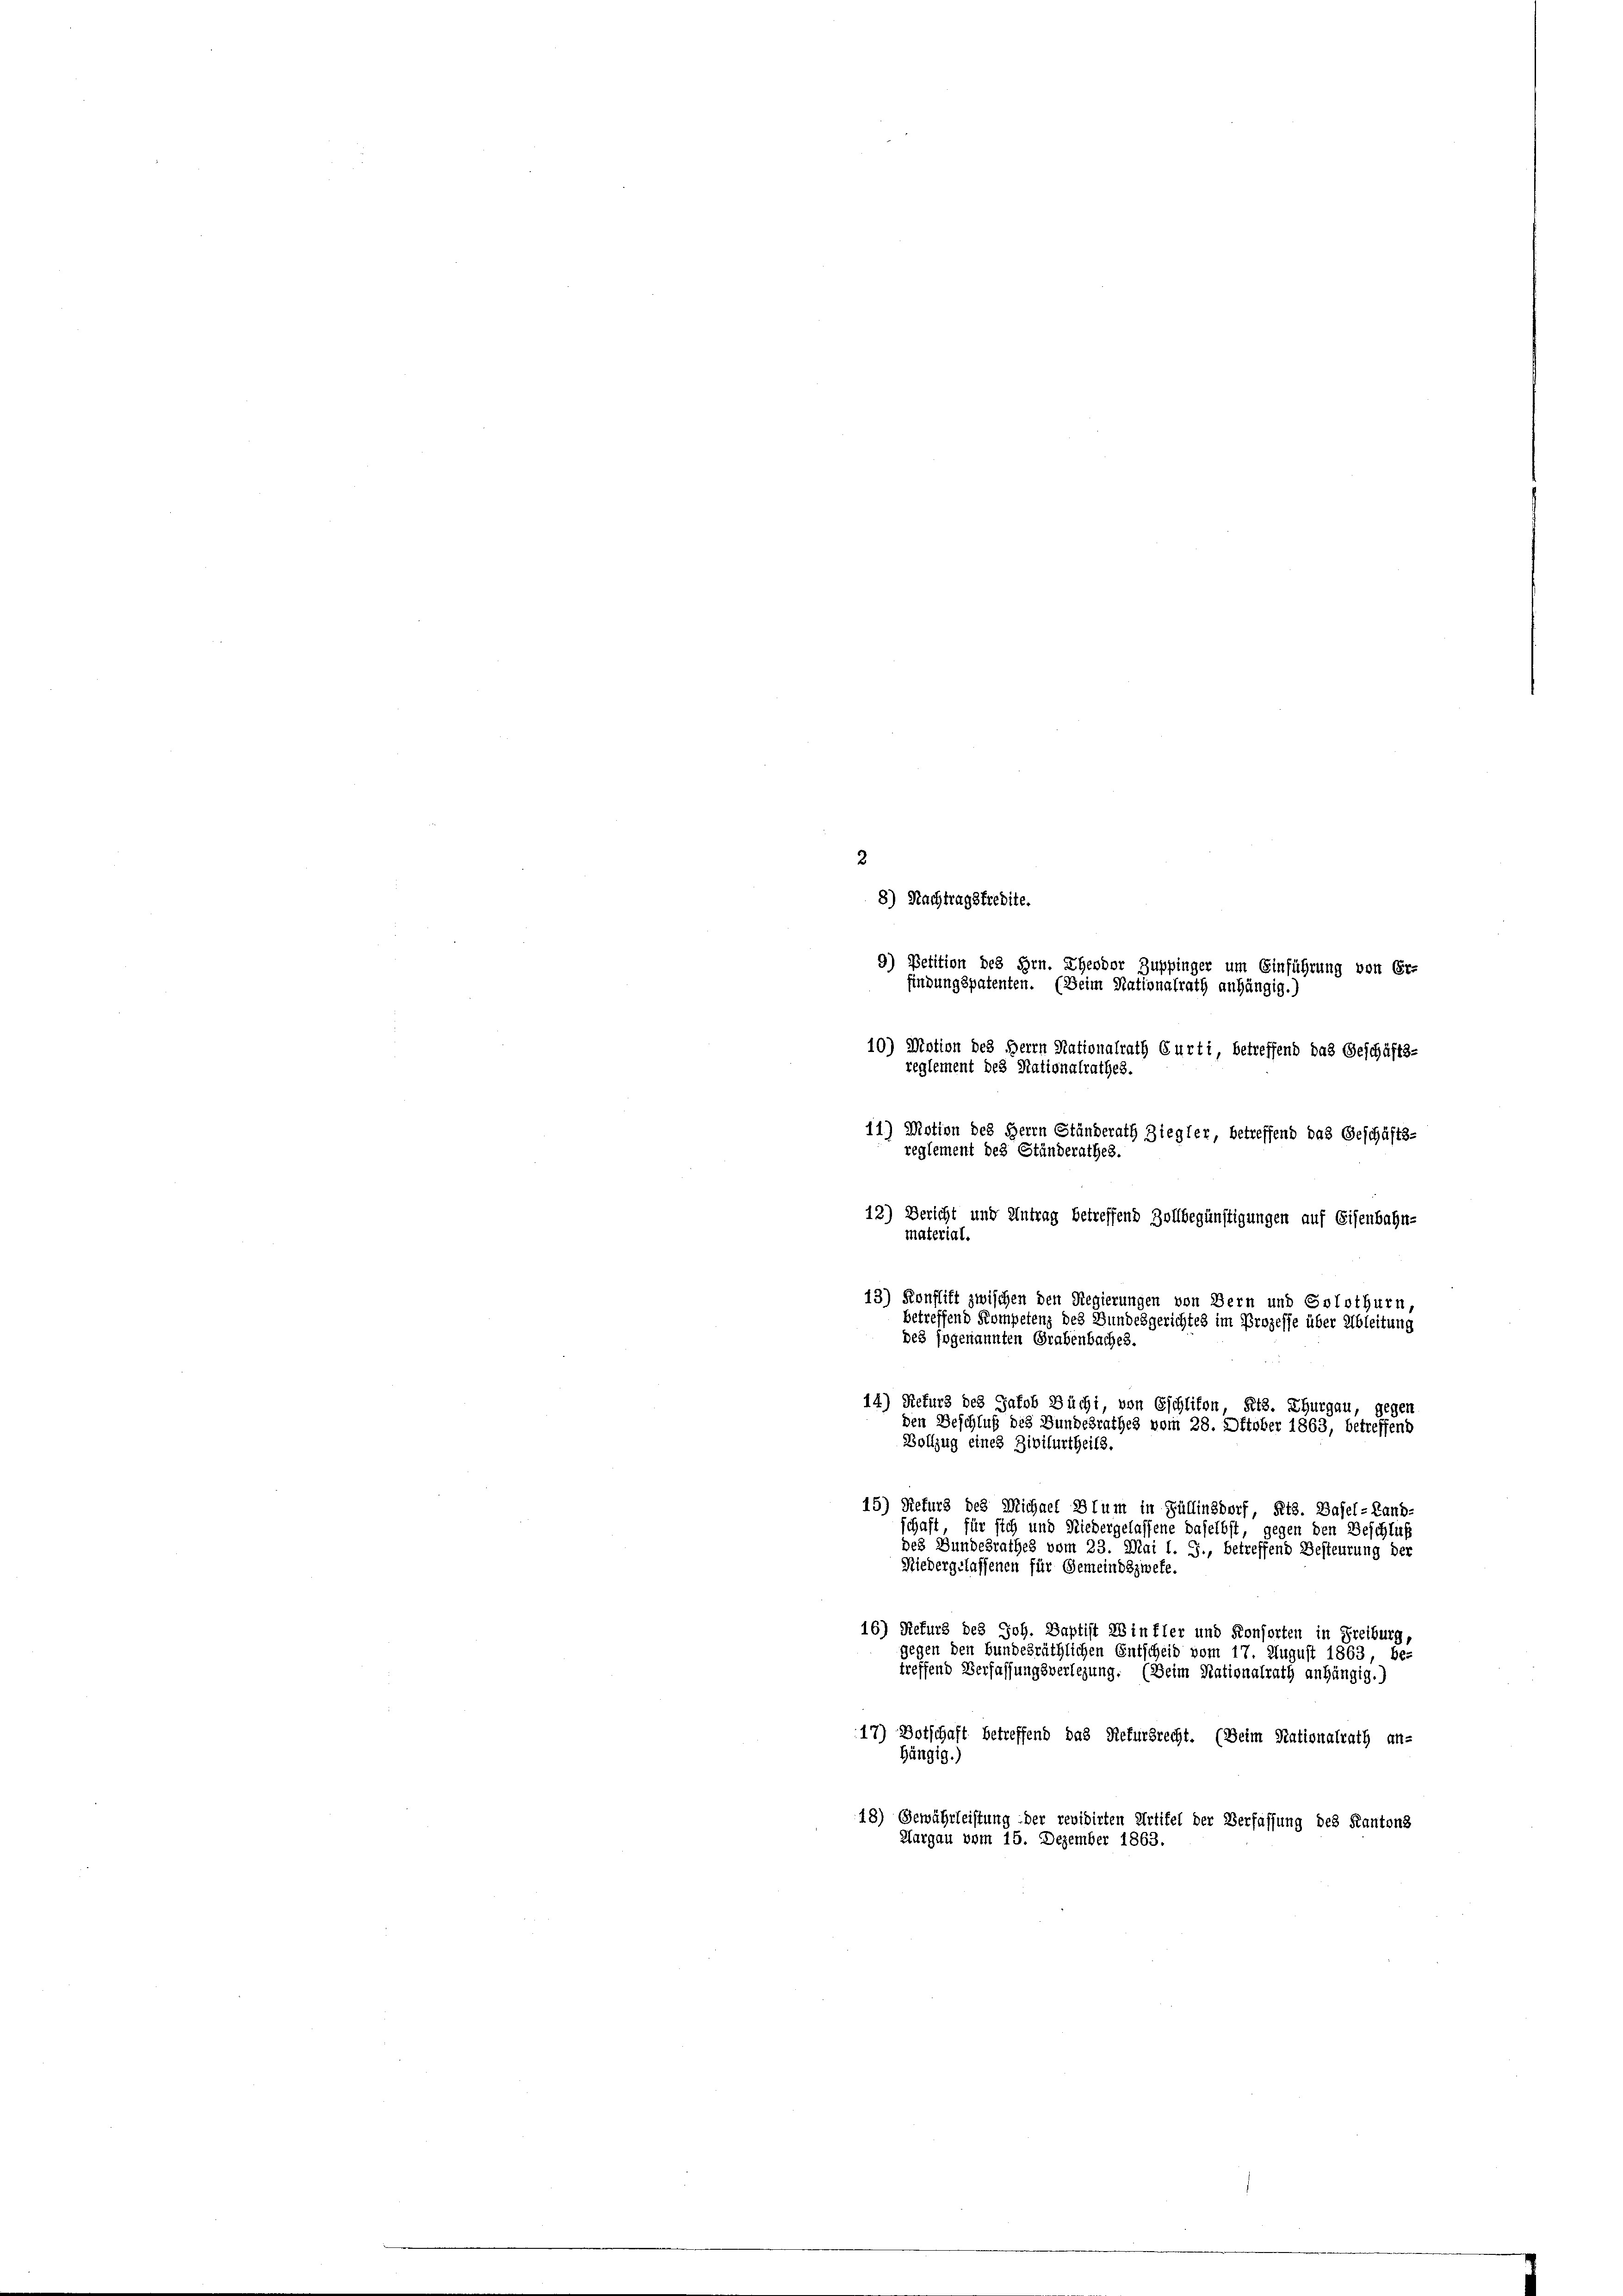
11) Motion des Herrn Ständerath Ziegler, betreffend das Geschäfts-
reglement des Ständerathes.
12) Bericht und Antrag betreffend Zollbegünstigungen auf Eisenbahn-
material
betreffend Kompetenz des Bundesgerichtes im Prozesse über Ableitung
14) Rekurs des Jakob Büchi, von Eschliton, Kts. Thurgau, gegen
den Beschluß des Bundesrathes vom 28. Oktober 1863, betreffend
Bollzug eines Zivilurtheils.
15) Refurs des Michael Blum in Füllinsdorf, Kts. Basel-Land-
schaft, für sich und Niedergelassene daselbst, gegen den Beschluß
des Bundesrathes vom 23. Mai l. J., betreffend Besteurung der
Niedergelassenen für Gemeindszweke.
16) Refur des Joh. Baptist 28 in fler und Konsorten in Freiburg
gegen den bundesräthlichen Entscheid vom 17. August 1863, be-
treffend Verfassungsverlegung. (Beim Nationalrath anhängig.)
17) Dotschaft betreffend das Refursrecht. (Beim Rationalrath an-
hängig.)
18) Gewährleistung der revidirten Artifel der Verfassung des Kantons
Aargau vom 15. Dezember 1863.

2
8) Nachtragsfredite.
9) Petition des Hrn. Theodor Zuppinger um Einführung von Er-
findungspatenten. (Beim Nationalrath anhängig.)
10) Motion des Herrn Nationalrath Curti betreffend das Geschäfts-
reglement des Nationalre
23.

13) Konflikt zwischen den Regierungen von Bern und Solothurn,
des sogenannten Grabenbaches.